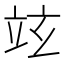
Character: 𥩚